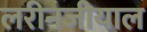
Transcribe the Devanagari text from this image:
लरीनजीयाल